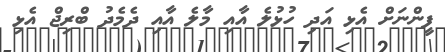
ފީންނަށް އެޅި އަދި ހުޅުލެ އާއި މާލެ އާއި ދެމެދު ބްރިޖް އެޅި